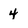
Character: 4